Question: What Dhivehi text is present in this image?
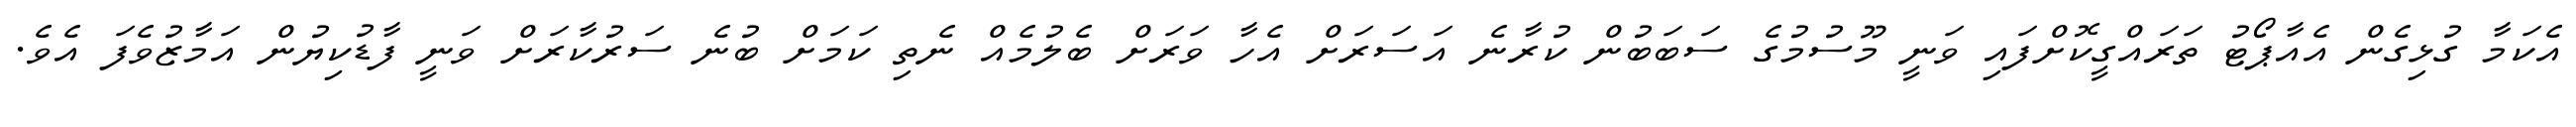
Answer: އެކަމާ ގުޅިގެން އެއާޕޯޓު ތަރައްގީކޮށްފައި ވަނީ މޫސުމުގެ ސަބަބުން ކުރާނެ އަސަރަށް އެހާ ވަރަށް ބެލުމެއް ނެތި ކަމަށް ބުނެ ސަރުކާރަށް ވަނީ ފާޑުކިޔުން އަމާޒުވެފަ އެވެ.